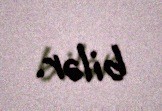
bilər.